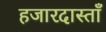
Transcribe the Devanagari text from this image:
हजारदास्ताँ